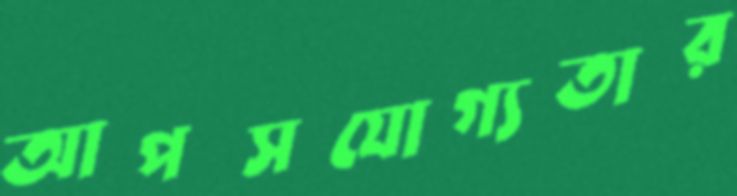
আপসযোগ্যতার